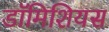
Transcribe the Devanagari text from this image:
डॉमिशियस